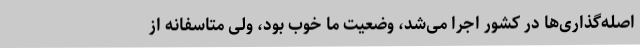
اصله‌گذاری‌ها در کشور اجرا می‌شد، وضعیت ما خوب بود، ولی متاسفانه از